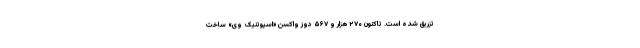
تزریق شده است. تاکنون ۲۷۰ هزار و ۵۶۷ دوز واکسن «اسپوتنیک وی» ساخت